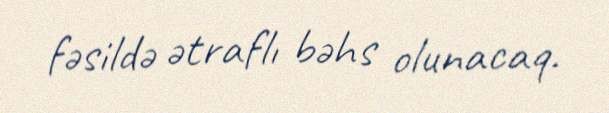
fəsildə ətraflı bəhs olunacaq.